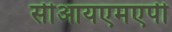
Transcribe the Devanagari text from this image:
सीआयएमएपी